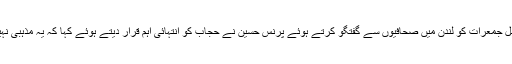
اجلاس میں شرکت سے قبل جمعرات کو لندن میں صحافیوں سے گفتگو کرتے ہوئے پرنس حسین نے حجاب کو انتہائی اہم قرار دیتے ہوئے کہا کہ یہ مذہبی نہیں بلکہ ثقافتی معاملہ ہے۔